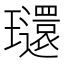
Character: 𤫐